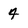
Character: 4